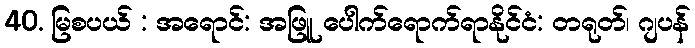
40. မြစပယ် : အရောင်: အဖြူ ပေါက်ရောက်ရာနိုင်ငံ: တရုတ်၊ ဂျပန်